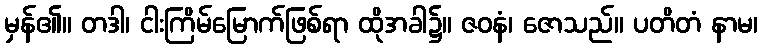
မှန်၏။ တဒါ၊ ငါးကြိမ်မြောက်ဖြစ်ရာ ထိုအခါ၌။ ဇဝနံ၊ ဇောသည်။ ပတိတံ နာမ၊